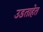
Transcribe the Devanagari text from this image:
उडताहेत